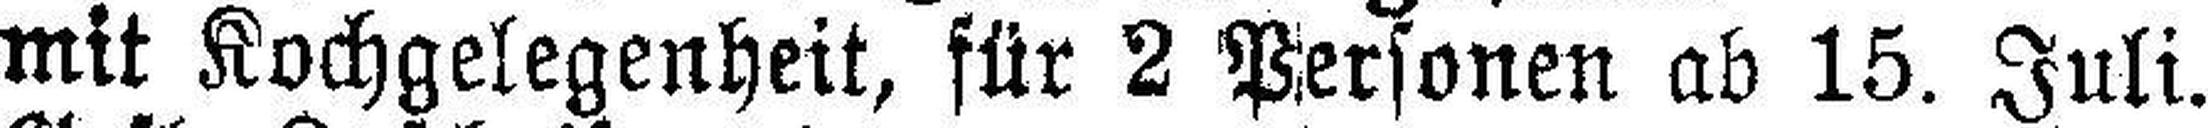
mit Kochgelegenheit, für 2 Personen ab 15. Juli.